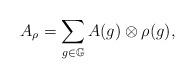
LaTeX: \begin{align*}A_{\rho} = \sum_{g \in \mathbb{G}} A(g) \otimes \rho(g),\end{align*}